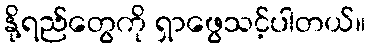
နို့ရည်တွေကို ရှာဖွေသင့်ပါတယ်။